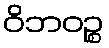
ဝိဘဝဉ္စ